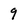
Character: 9